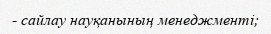
- сайлау науқанының менеджменті;